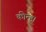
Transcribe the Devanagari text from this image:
कीन्ह।